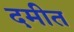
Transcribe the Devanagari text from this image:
दमीत